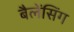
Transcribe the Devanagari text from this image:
बैलेंसिंग